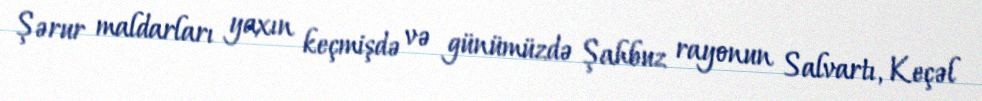
Şərur maldarları yaxın keçmişdə və günümüzdə Şahbuz rayonun Salvartı, Keçəl